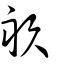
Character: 畝